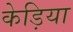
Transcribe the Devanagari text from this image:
केड़िया